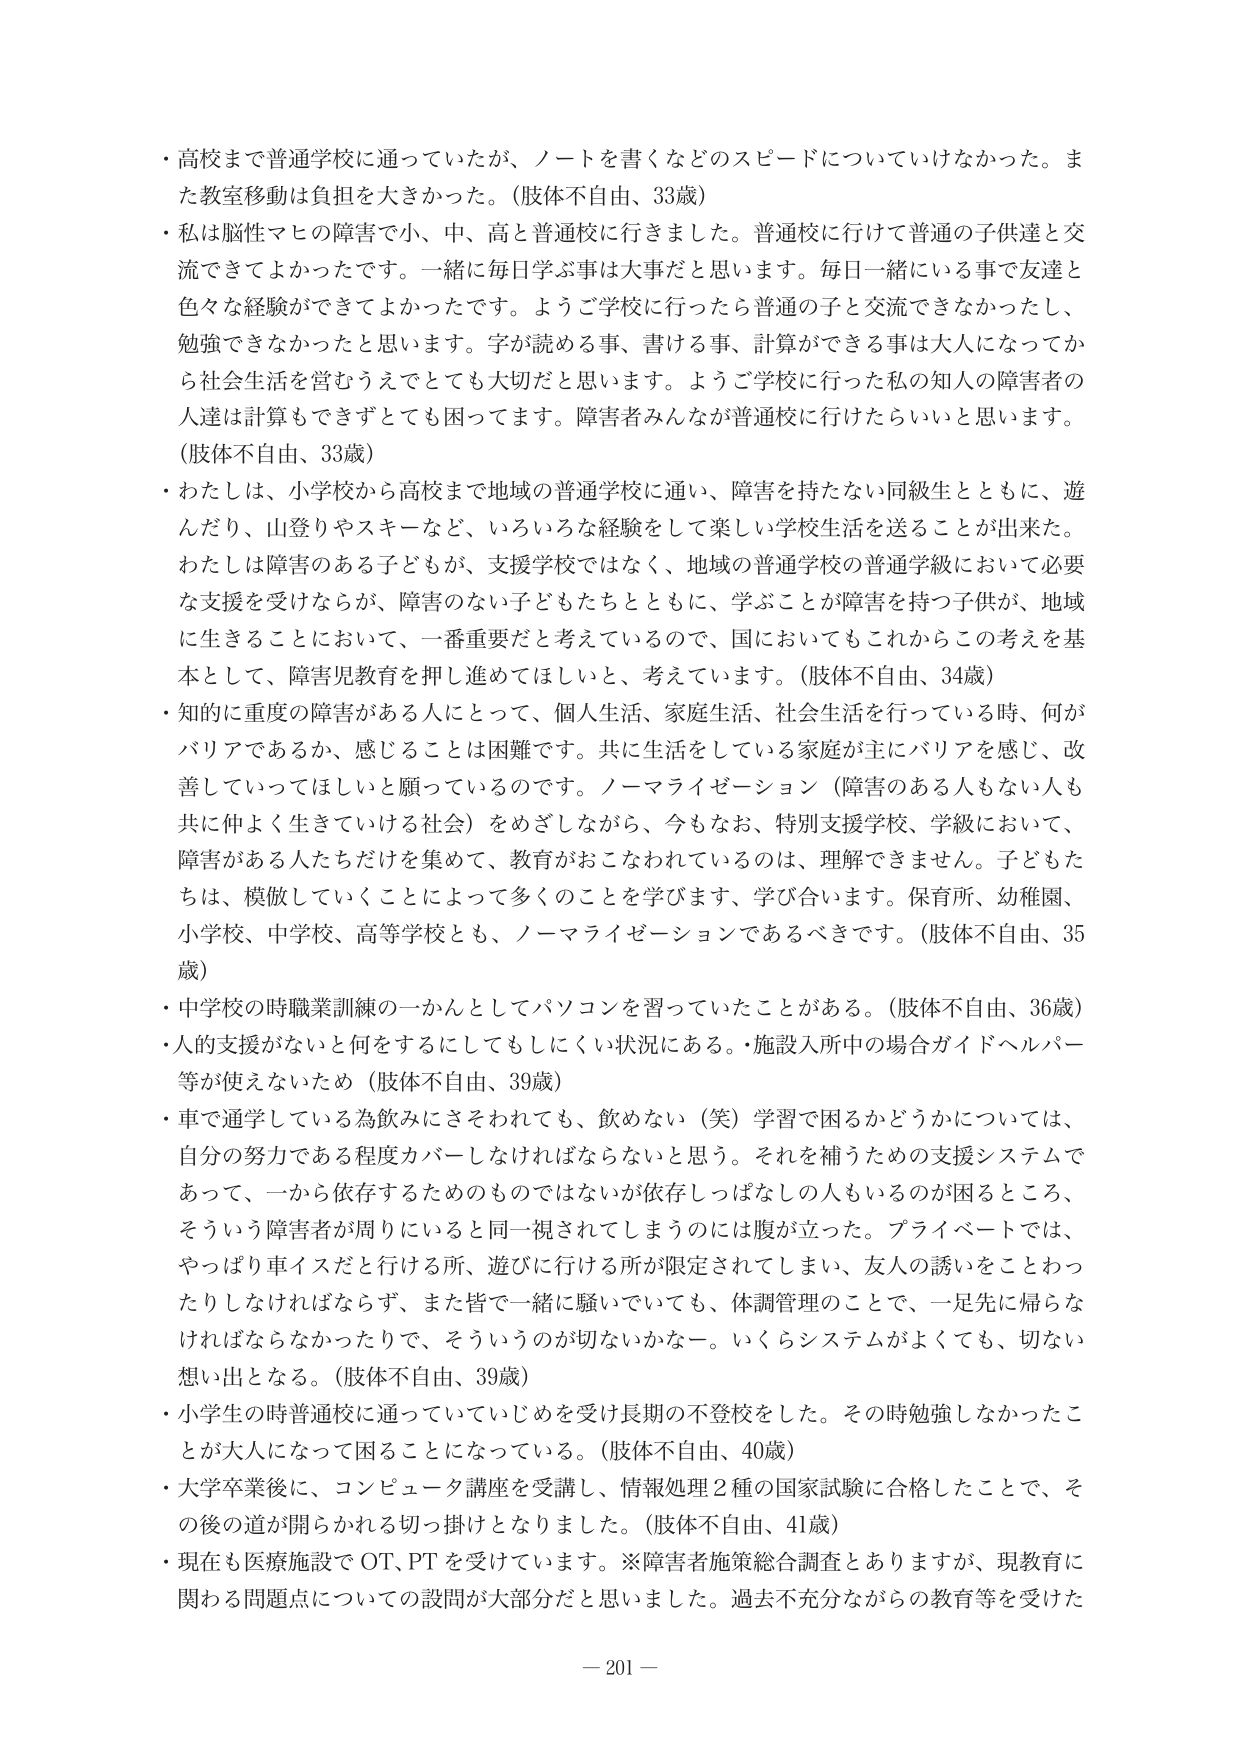
・高校まで普通学校に通っていたが、ノートを書くなどのスピードについていけなかった。また教室移動は負担を大きかった。（肢体不自由、33歳）
・私は脳性マヒの障害で小、中、高と普通校に行きました。普通校に行けて普通の子供達と交流できてよかったです。一緒に毎日学ぶ事は大事だと思います。毎日一緒にいる事で友達と色々な経験ができてよかったです。ようご学校に行ったら普通の子と交流できなかったし、勉強できなかったと思います。字が読める事、書ける事、計算ができる事は大人になってから社会生活を営むうえでとても大切だと思います。ようご学校に行った私の知人の障害者の人達は計算もできずとても困ってます。障害者みんなが普通校に行けたらいいと思います。（肢体不自由、33歳）
・わたしは、小学校から高校まで地域の普通学校に通い、障害を持たない同級生とともに、遊んだり、山登りやスキーなど、いろいろな経験をして楽しい学校生活を送ることが出来た。わたしは障害のある子どもが、支援学校ではなく、地域の普通学校の普通学級において必要な支援を受けながら、障害のない子どもたちとともに、学ぶことが障害を持つ子供が、地域に生きることにおいて、一番重要だと考えているので、国においてもこれからこの考えを基本として、障害児教育を押し進めてほしいと、考えています。（肢体不自由、34歳）
・知的に重度の障害がある人にとって、個人生活、家庭生活、社会生活を行っている時、何がバリアであるか、感じることは困難です。共に生活をしている家庭が主にバリアを感じ、改善していってほしいと願っているのです。ノーマライゼーション（障害のある人もない人も共に仲よく生きていける社会）をめざしながら、今もなお、特別支援学校、学級において、障害がある人たちだけを集めて、教育がおこなわれているのは、理解できません。子どもたちは、模倣していくことによって多くのことを学びます、学び合います。保育所、幼稚園、小学校、中学校、高等学校とも、ノーマライゼーションであるべきです。（肢体不自由、35歳）
・中学校の時職業訓練の一かんとしてパソコンを習っていたことがある。（肢体不自由、36歳）
・人的支援がないと何をするにしてもしにくい状況にある。・施設入所中の場合ガイドヘルパー等が使えないため（肢体不自由、39歳）
・車で通学している為飲みにさそわれても、飲めない（笑）学習で困るかどうかについては、自分の努力である程度カバーしなければならないと思う。それを補うための支援システムであって、一から依存するためのものではないが依存しつばなしの人もいるのが困るところ、そういう障害者が周りにいると同一視されてしまうのには腹が立った。プライベートでは、やっぱり車イスだと行ける所、遊びに行ける所が限定されてしまい、友人の誘いをことわったりしなければならず、また皆で一緒に騒いでいても、体調管理のことで、一足先に帰らなければならなかったりで、そういうのが切ないかなー。いくらシステムがよくても、切ない想い出となる。（肢体不自由、39歳）
・小学生の時普通校に通っていていじめを受け長期の不登校をした。その時勉強しなかったことが大人になって困ることになっている。（肢体不自由、40歳）
・大学卒業後に、コンピュータ講座を受講し、情報処理2種の国家試験に合格したことで、その後の道が開かれる切っ掛けとなりました。（肢体不自由、41歳）
・現在も医療施設でOT、PTを受けています。※障害者施策総合調査とありますが、現教育に関わる問題点についての設問が大部分だと思いました。過去不充分ながらの教育等を受けた

－ 201 －